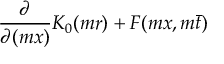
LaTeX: \frac { \partial } { \partial ( m x ) } K _ { 0 } ( m r ) + F ( m x , m \bar { t } )